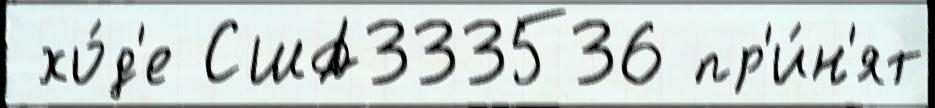
 хо́д'е США333536 пр'и́н'ят